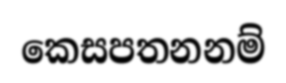
කෙසපතනනම්